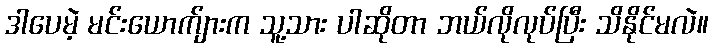
ဒါပေမဲ့ မင်းယောက်ျားက သူ့သား ပါဆိုတာ ဘယ်လိုလုပ်ပြီး သိနိုင်မလဲ။